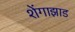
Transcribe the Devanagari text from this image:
शेंगाझाड